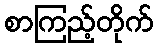
စာကြည့်တိုက်